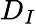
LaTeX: D_{I}